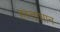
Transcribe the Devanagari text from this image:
हस्ताधान